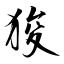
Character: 狻